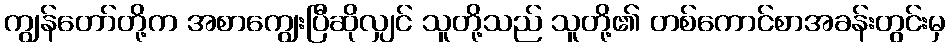
ကျွန်တော်တို့က အစာကျွေးပြီဆိုလျှင် သူတို့သည် သူတို့၏ တစ်ကောင်စာအခန်းတွင်းမှ